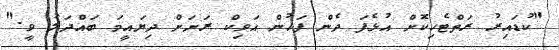
"ކުޑައިރު ރަތްޓެހިކޮށް އުޅެފަ ދެން ފަހުން އަވިކް ރަށަށް ދިޔައީމަ ބައްދަލު ވީ."